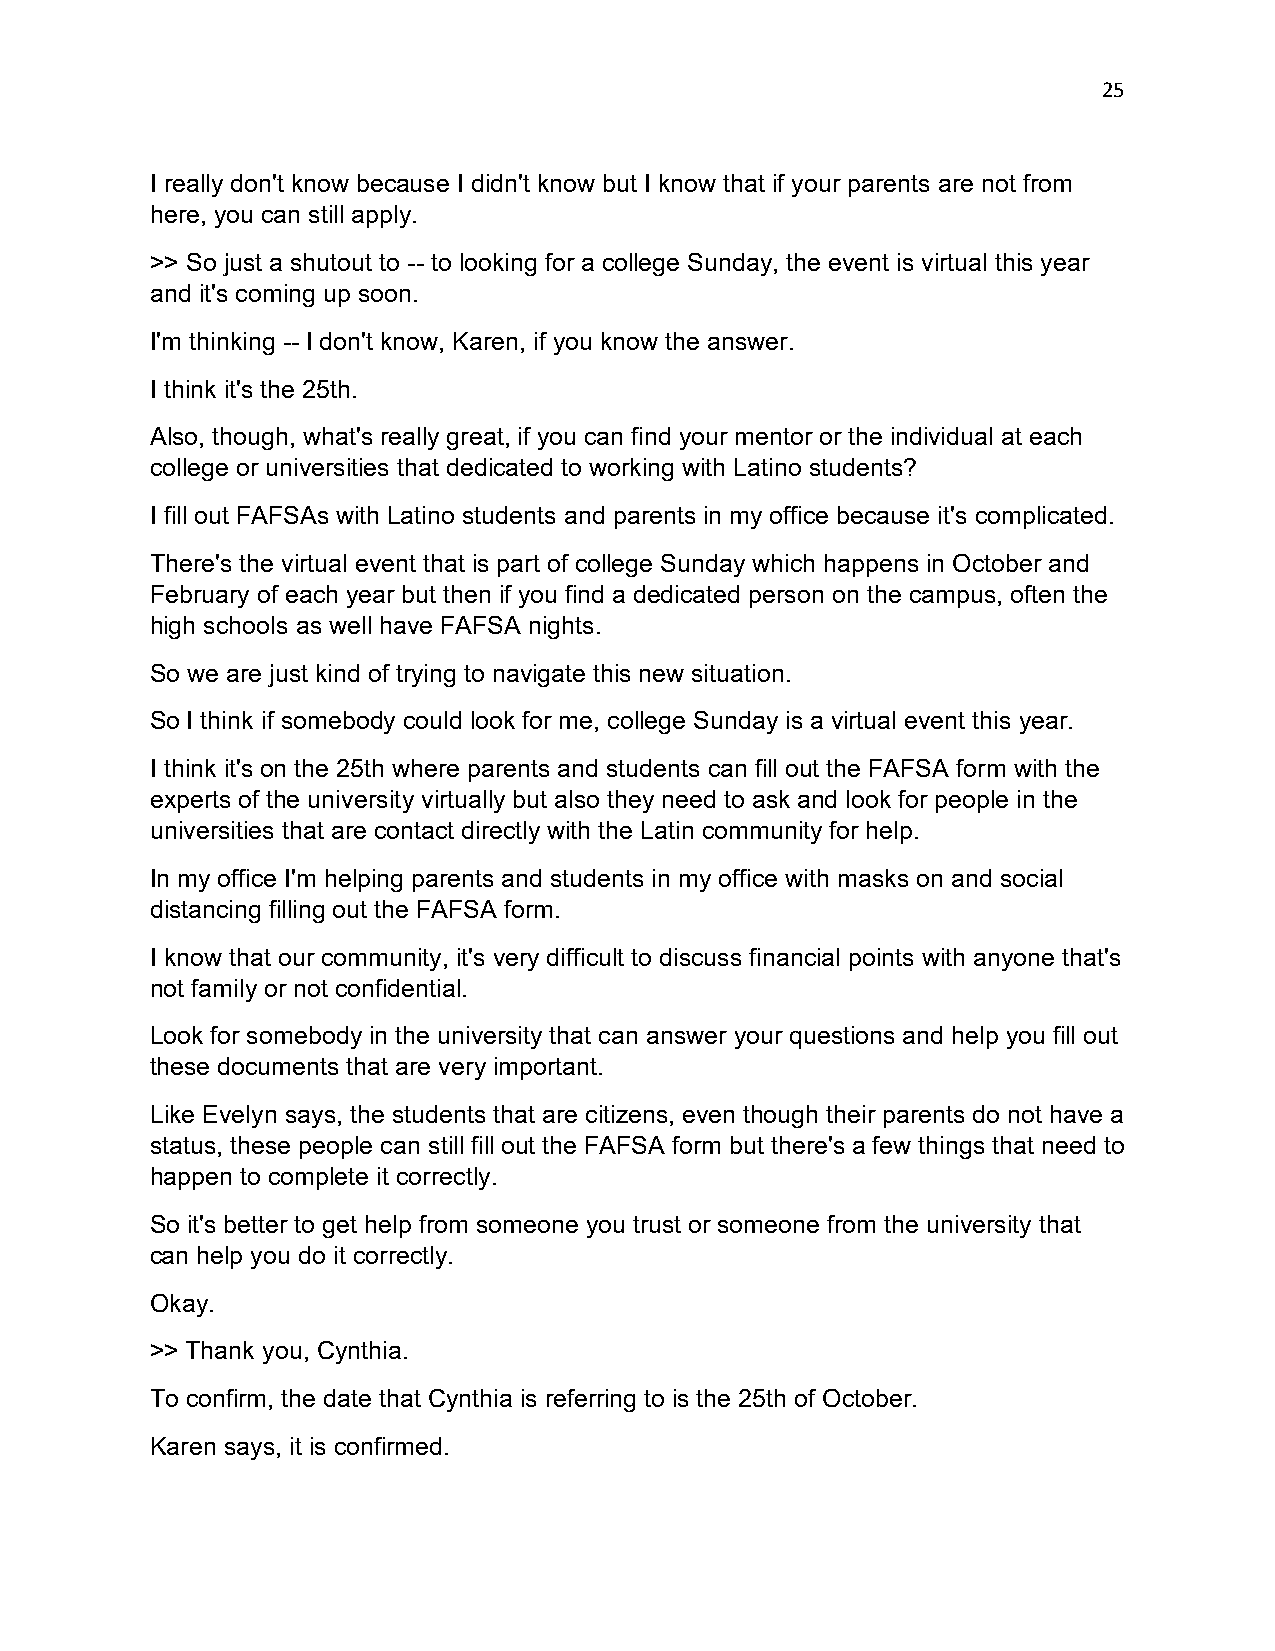
25
 I really don't know because I didn't know but I know that if your parents are not from
 here, you can still apply.
 >> So just a shutout to -- to looking for a college Sunday, the event is virtual this year
 and it's coming up soon.
 I'm thinking -- I don't know, Karen, if you know the answer.
 I think it's the 25th.
 Also, though, what's really great, if you can find your mentor or the individual at each
 college or universities that dedicated to working with Latino students?
 I fill out FAFSAs with Latino students and parents in my office because it's complicated.
 There's the virtual event that is part of college Sunday which happens in October and
 February of each year but then if you find a dedicated person on the campus, often the
 high schools as well have FAFSA nights.
 So we are just kind of trying to navigate this new situation.
 So I think if somebody could look for me, college Sunday is a virtual event this year.
 I think it's on the 25th where parents and students can fill out the FAFSA form with the
 experts of the university virtually but also they need to ask and look for people in the
 universities that are contact directly with the Latin community for help.
 In my office I'm helping parents and students in my office with masks on and social
 distancing filling out the FAFSA form.
 I know that our community, it's very difficult to discuss financial points with anyone that's
 not family or not confidential.
 Look for somebody in the university that can answer your questions and help you fill out
 these documents that are very important.
 Like Evelyn says, the students that are citizens, even though their parents do not have a
 status, these people can still fill out the FAFSA form but there's a few things that need to
 happen to complete it correctly.
 So it's better to get help from someone you trust or someone from the university that
 can help you do it correctly.
 Okay.
 >> Thank you, Cynthia.
 To confirm, the date that Cynthia is referring to is the 25th of October.
 Karen says, it is confirmed.